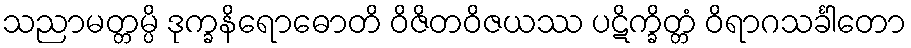
သညာမတ္တမ္ပိ ဒုက္ခနိရောဓောတိ ဝိဇိတဝိဇယဿ ပဋိက္ခိတ္တံ ဝိရာဂသင်္ခါတော